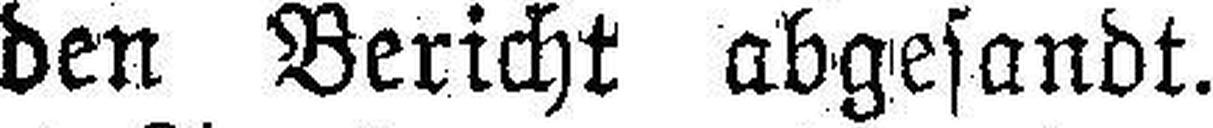
den Bericht abgesandt.